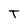
Character: T